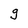
Character: g